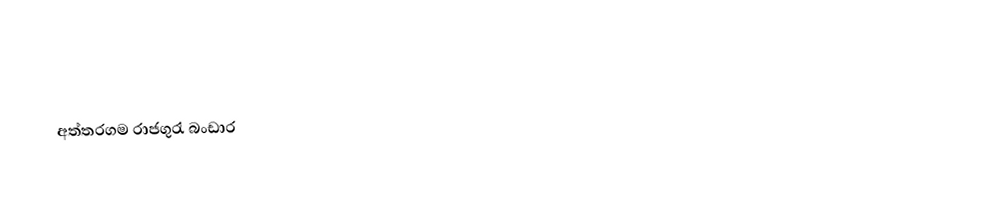
අත්තරගම රාජගුරැ බංඩාර